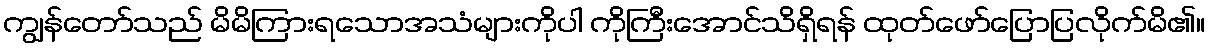
ကျွန်တော်သည် မိမိကြားရသောအသံများကိုပါ ကိုကြီးအောင်သိရှိရန် ထုတ်ဖော်ပြောပြလိုက်မိ၏။